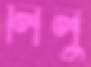
লিলু